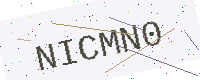
Text: NICMN0